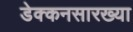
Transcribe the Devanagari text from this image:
डेक्कनसारख्या